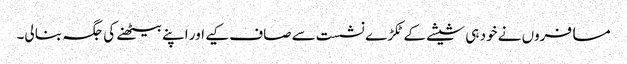
مسافروں نے خود ہی شیشے کے ٹکڑے نشست سے صاف کیے اور اپنے بیٹھنے کی جگہ بنا لی۔